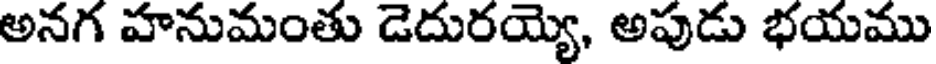
అనగ హనుమంతు డెదురయ్యి, అపుడు భయము